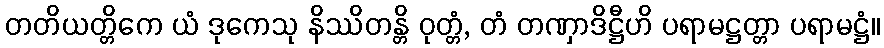
တတိယတ္တိကေ ယံ ဒုကေသု နိဿိတန္တိ ဝုတ္တံ, တံ တဏှာဒိဋ္ဌီဟိ ပရာမဋ္ဌတ္တာ ပရာမဋ္ဌံ။